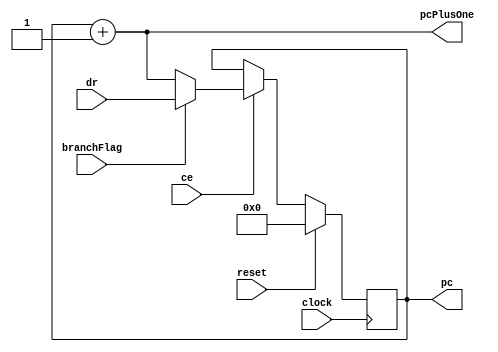
module pc(input clock,reset,branchFlag,ce,//changeEnable
			input [15:0] dr,
			output reg [15:0] pc,pcPlusOne);

	reg [15:0] p2_master,p2_slave,p3_master,p3_slave,p4_master,p4_slave,p5;
	reg pcStoped;

	always @(*)begin
		pcPlusOne <= pc + 1;
	end
	
	always @(posedge clock) begin 
		if(reset == 1'b 1)begin
			pc <= 0;
		end else begin
			if(ce == 1'b1)begin
			if(branchFlag == 1'b 1) begin
				pc <= dr;
			end else  begin
				pc <= pc+1;
			end
			end
		end
	end
	
endmodule